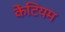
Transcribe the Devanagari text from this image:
केंटियम